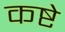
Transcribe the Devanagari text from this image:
कष्टे